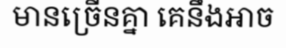
មានច្រើនគ្នា គេនឹងអាច